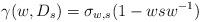
LaTeX: \begin{align*}\gamma(w,D_s)=\sigma_{w,s}(1-wsw^{-1})\end{align*}